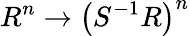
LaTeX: R^{n}\rightarrow\left(S^{-1}R\right)^{n}